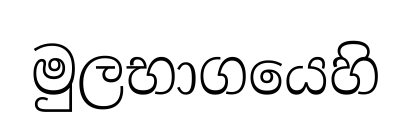
මුලභාගයෙහි